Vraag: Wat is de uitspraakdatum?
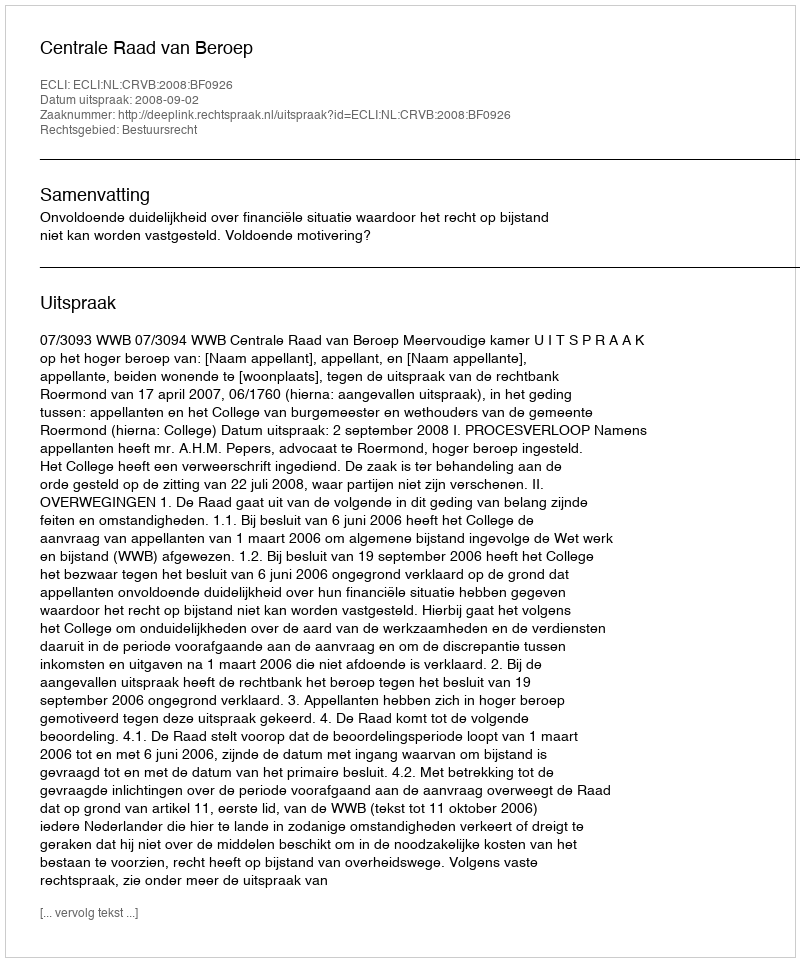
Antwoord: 2008-09-02